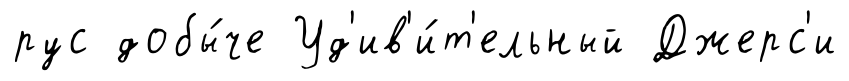
рус добы́че Уд'ив'и́т'ельный Джерс'и